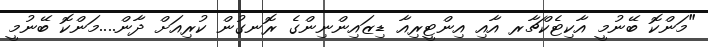
"މަންކޮ ބޭނުމީ އާކިޓެކްޗާރ އާއި އިންޓީރިއާ ޑިޒައިންނިންގެ ރޮނގުން ކުރިއަށް ދާން....މަންކޮ ބޭނުމީ